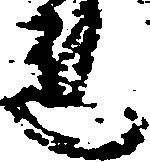
連